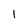
Character: 1